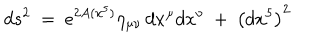
d s ^ { 2 } \ = \ e ^ { 2 A ( x ^ { 5 } ) } \eta _ { \mu \nu } \, d x ^ { \mu } d x ^ { \nu } \ + \ \left( d x ^ { 5 } \right) ^ { 2 }